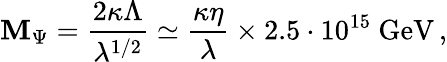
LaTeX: \mathbf{M}_{\Psi}=\frac{{2\kappa\Lambda}}{{\lambda^{1/2}}}\simeq\frac{{\kappa\eta}}{{\lambda}}\times2.5\cdot10^{15}~\mathrm{{GeV}}\, ,